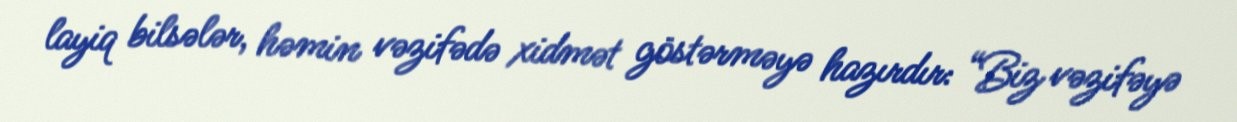
layiq bilsələr, həmin vəzifədə xidmət göstərməyə hazırdır: “Biz vəzifəyə